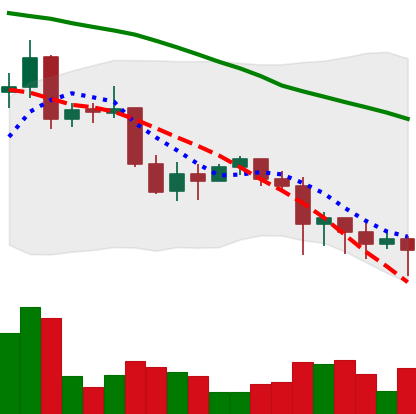
Ticker: XRP-USD
Chart end date: 2022-01-10
Forward return: 5.693%
Label: up_5_7